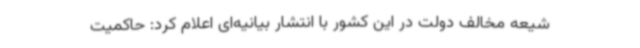
شیعه مخالف دولت در این کشور با انتشار بیانیه‌ای اعلام کرد: حاکمیت